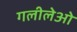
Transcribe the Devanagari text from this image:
गलीलेओ